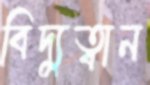
বিদ্যুত্বান